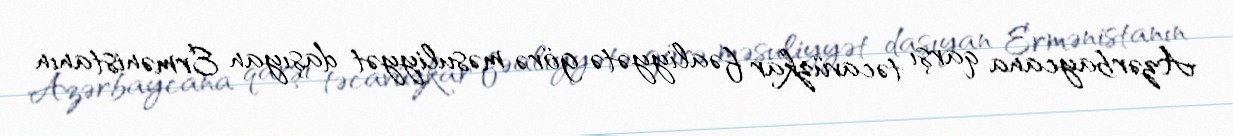
Azərbaycana qarşı təcavüzkar fəaliyyətə görə məsuliyyət daşıyan Ermənistanın